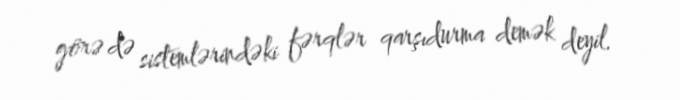
görə də sistemlərindəki fərqlər qarşıdurma demək deyil.